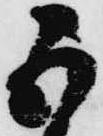
五